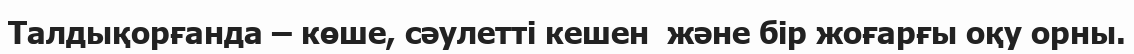
Талдықорғанда – көше, сәулетті кешен  және бір жоғарғы оқу орны.